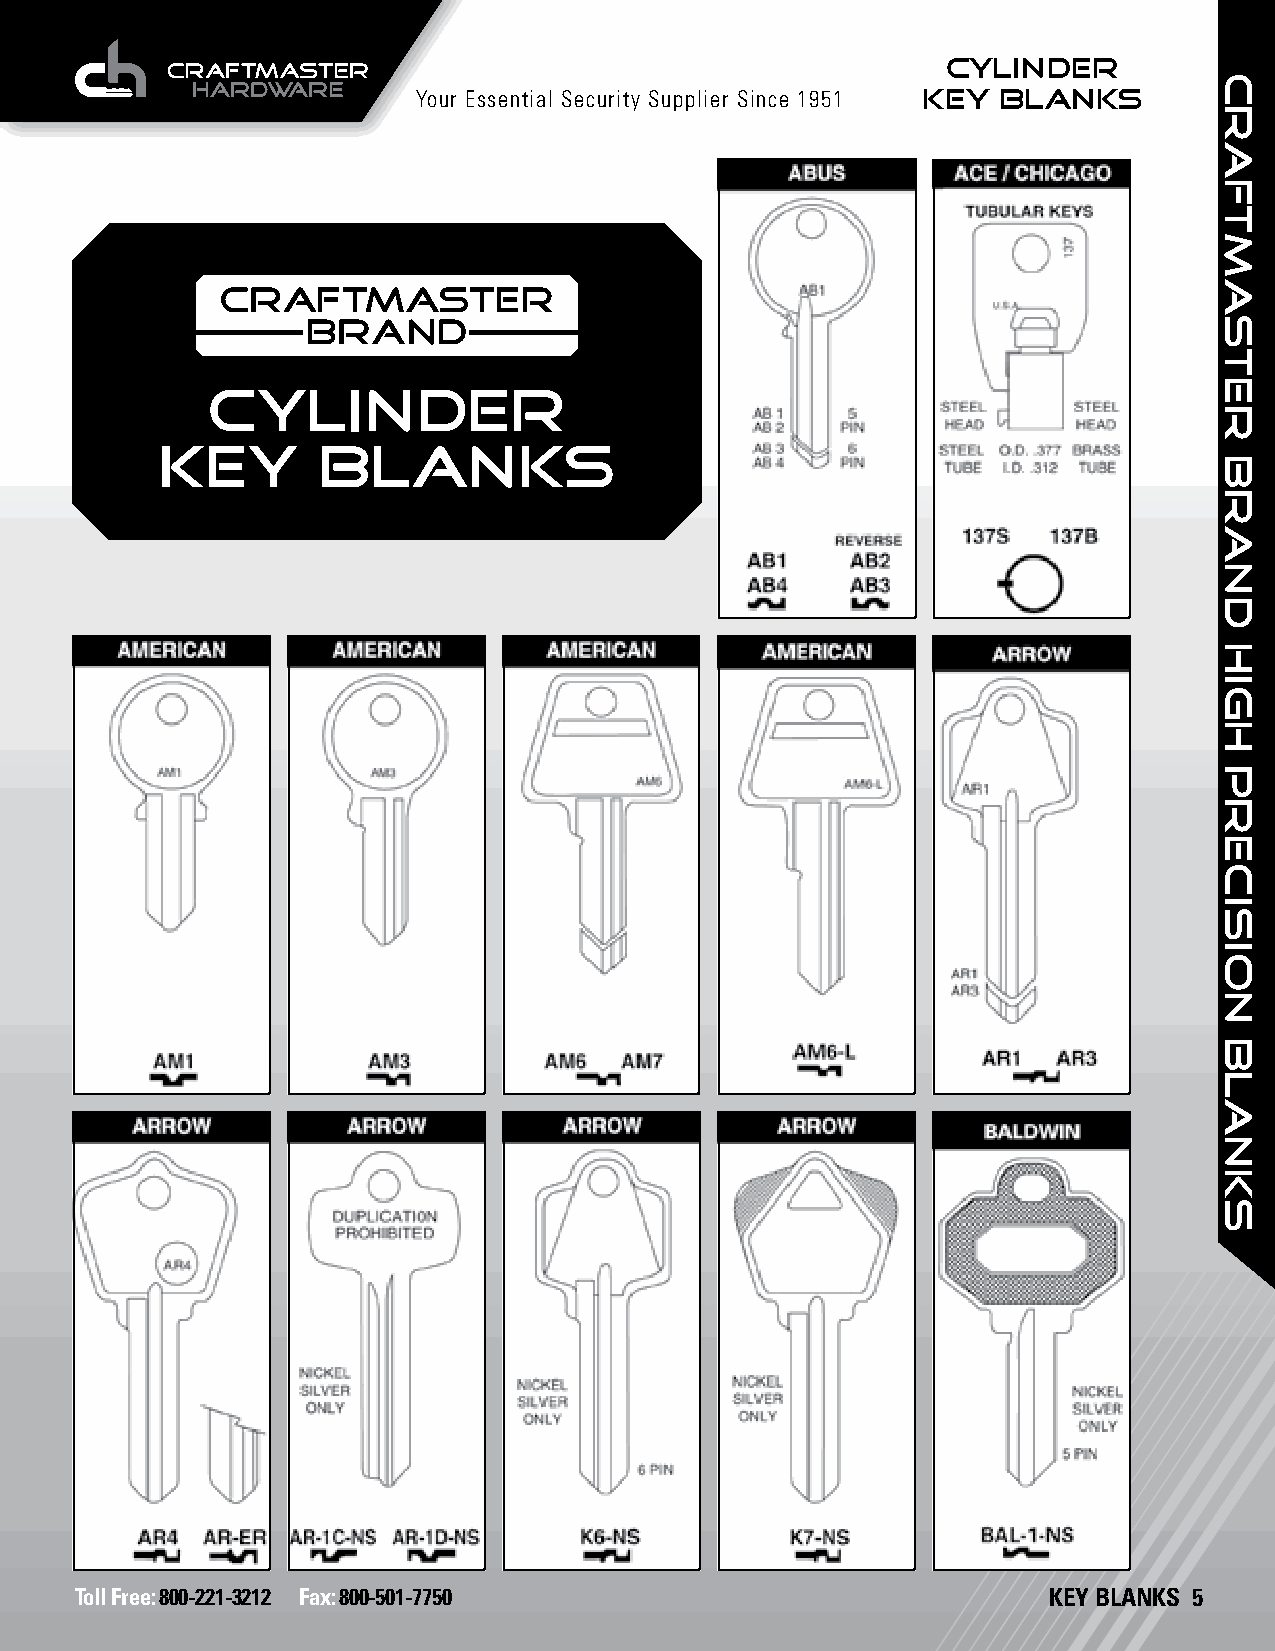
CYLINDER
 Your Essential Security Supplier Since 1951 KEY BLANKS
 CYLINDER
 KEY        BLANKS
 Toll Free: 800-221-3212 Fax: 800-501-7750                       KEY BLANKS 5
 craftmaster
 brand
 HIGH
 PRECISION
 BLANKS